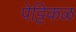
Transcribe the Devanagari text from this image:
पेट्टिकळ